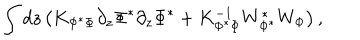
\int d z \left( K _ { \Phi ^ { * } \Phi } \partial _ { z } \Phi ^ { * } \partial _ { z } \Phi ^ { * } + K _ { \Phi ^ { * } \Phi } ^ { - 1 } W _ { \Phi ^ { * } } ^ { * } W _ { \Phi } \right) ,